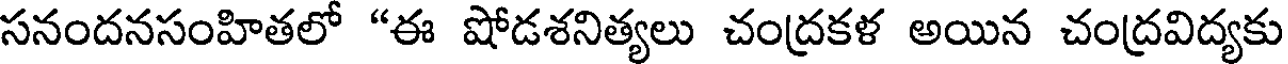
సనందనసంహితలో "ఈ షోడశనిత్యలు చంద్రకళ అయిన చంద్రవిద్యకు